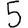
Digit: 5